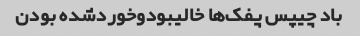
باد چیپس پفک‌ها خالیبودوخوردشده بودن